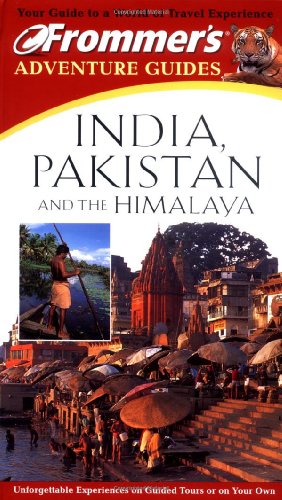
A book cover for Frommer's Adventure Guides: India, Pakistan, and the Himalayas; Steve Watkins; Travel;